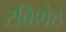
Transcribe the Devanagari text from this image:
रविशेठ